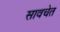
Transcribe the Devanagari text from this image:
सावचेत